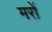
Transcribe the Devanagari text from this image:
मरों